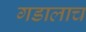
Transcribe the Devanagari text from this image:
गडालाच